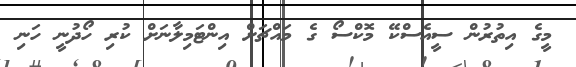
މީގެ އިތުރުން ސީއެސްކޭ މޮކްސޯ ގެ މައްޗަށް އިންޓަމިލާނަށް ކުރި ހޯދުނީ ހަނި